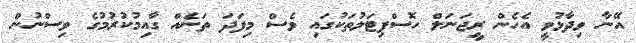
އޭނާ ވިދާޅުވީ އެހެން ރީޖަނަލް ހޮސްޕިޓަލުތަކުގައި ވެސް މިފަދަ ތަނެއް ގާއިމުކުރުމުގެ ވިސްނުން